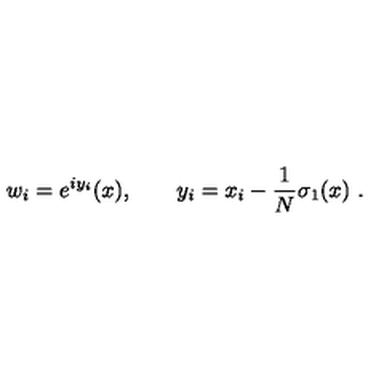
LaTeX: w _ { i } = e ^ { i y _ { i } } ( x ) , \qquad y _ { i } = x _ { i } - \frac 1 N \sigma _ { 1 } ( x ) \ .